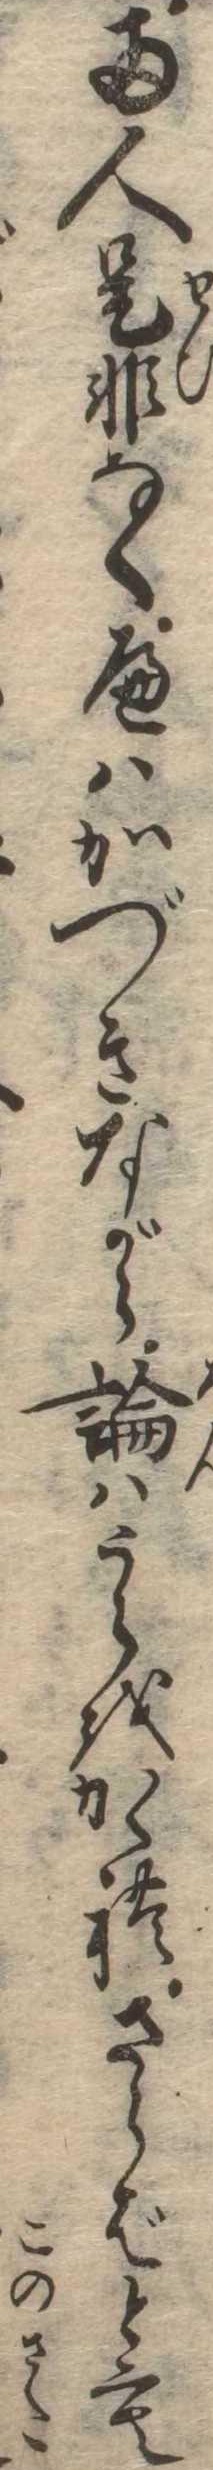
両人是非なくへはかづきながら論はうらをかゝれさらばとも